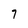
Character: 7